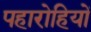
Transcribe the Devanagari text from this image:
पहारोहियों